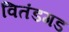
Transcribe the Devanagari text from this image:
वितंडगड